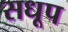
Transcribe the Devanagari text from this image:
सधूप